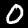
Digit: 0